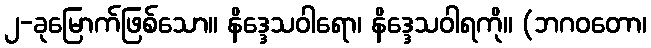
၂-ခုမြောက်ဖြစ်သော။ နိဒ္ဒေသဝါရော၊ နိဒ္ဒေသဝါရကို။ (ဘဂဝတော၊